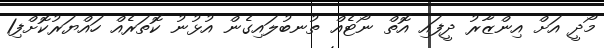
މޯދީ އަށް އިންޒާރު ދީފައި އޮތް ނޯޓެއް ތުނބުލައިގެން އުޅުނު ކޮތަރެއް ހައްޔަރުކޮށްފި1